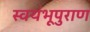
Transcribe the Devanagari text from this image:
स्वयंभूपुराण